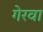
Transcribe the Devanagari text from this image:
गेरवा